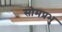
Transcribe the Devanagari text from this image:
सोमप्रभु